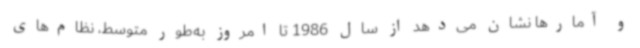
و آمارها نشان می‌دهد از سال 1986 تا امروز به‌طور متوسط، نظام‌های